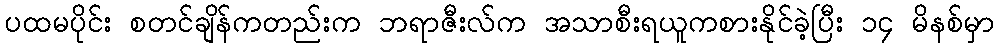
ပထမပိုင်း စတင်ချိန်ကတည်းက ဘရာဇီးလ်က အသာစီးရယူကစားနိုင်ခဲ့ပြီး ၁၄ မိနစ်မှာ